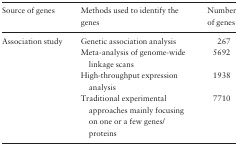
<table><thead><tr><td><b>Source of genes</b></td><td><b>Methods used to identify the genes</b></td><td><b>Number of genes</b></td></tr></thead><tbody><tr><td>Association study</td><td>Genetic association analysis</td><td>267</td></tr><tr><td>[EMPTY_CELL]</td><td>Meta-analysis of genome-wide linkage scans</td><td>5692</td></tr><tr><td>[EMPTY_CELL]</td><td>High-throughput expression analysis</td><td>1938</td></tr><tr><td>[EMPTY_CELL]</td><td>Traditional experimental approaches mainly focusing on one or a few genes/proteins</td><td>7710</td></tr></tbody></table>